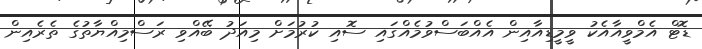
ޑޮޓް އެމްވީއާއެކު ވީމީޑިއާއިން އެއްބަސްވުމެއްގައި ސޮއި ކުރުމަށް މިއަދު ބޭއްވި ރަސްމިއްޔާތުގެ ތެރެއިން